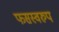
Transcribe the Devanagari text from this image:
फसस्वरुप